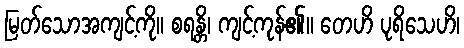
မြတ်သောအကျင့်ကို။ စရန္တိ၊ ကျင့်ကုန်၏။ တေဟိ ပုရိသေဟိ၊